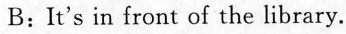
B:It's in front of the library.